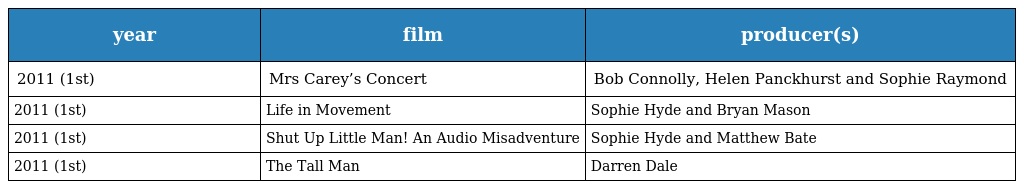
| year | film | producer(s) |
 | --- | --- | --- |
 | 2011 (1st) | Mrs Carey’s Concert | Bob Connolly, Helen Panckhurst and Sophie Raymond |
 | 2011 (1st) | Life in Movement | Sophie Hyde and Bryan Mason |
 | 2011 (1st) | Shut Up Little Man! An Audio Misadventure | Sophie Hyde and Matthew Bate |
 | 2011 (1st) | The Tall Man | Darren Dale |